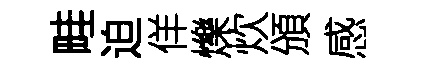
畦迫佯爍炊頒感